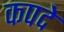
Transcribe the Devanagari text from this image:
कपदे